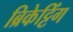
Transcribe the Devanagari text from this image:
ब्रिकेट्टिंग